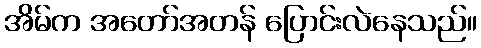
အိမ်က အတော်အတန် ပြောင်းလဲနေသည်။